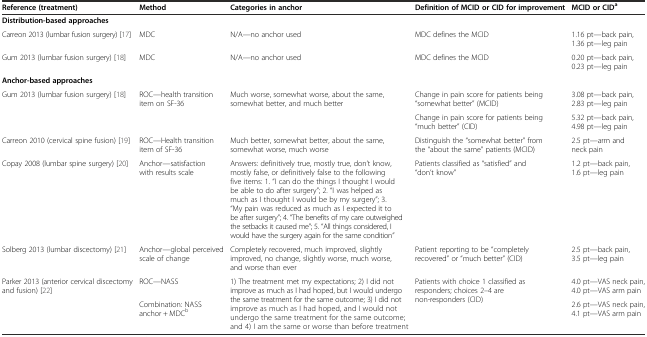
<table><thead><tr><td><b>Reference (treatment)</b></td><td><b>Method</b></td><td><b>Categories in anchor</b></td><td><b>Definition of MCID or CID for improvement</b></td><td><b>MCID or CID<sup>a</sup></b></td></tr></thead><tbody><tr><td colspan="5"><b>Distribution-based approaches</b></td></tr><tr><td>Carreon 2013 (lumbar fusion surgery) [17]</td><td>MDC</td><td>N/A—no anchor used</td><td>MDC defines the MCID</td><td>1.16 pt—back pain, 1.36 pt—leg pain</td></tr><tr><td>Gum 2013 (lumbar fusion surgery) [18]</td><td>MDC</td><td>N/A—no anchor used</td><td>MDC defines the MCID</td><td>0.20 pt—back pain, 0.23 pt—leg pain</td></tr><tr><td colspan="5"><b>Anchor-based approaches</b></td></tr><tr><td rowspan="2">Gum 2013 (lumbar fusion surgery) [18]</td><td rowspan="2">ROC—health transition item on SF-36</td><td rowspan="2">Much worse, somewhat worse, about the same, somewhat better, and much better</td><td>Change in pain score for patients being “somewhat better” (MCID)</td><td>3.08 pt—back pain, 2.83 pt—leg pain</td></tr><tr><td>Change in pain score for patients being “much better” (CID)</td><td>5.32 pt—back pain, 4.98 pt—leg pain</td></tr><tr><td>Carreon 2010 (cervical spine fusion) [19]</td><td>ROC—Health transition item of SF-36</td><td>Much better, somewhat better, about the same, somewhat worse, much worse</td><td>Distinguish the “somewhat better” from the “about the same” patients (MCID)</td><td>2.5 pt—arm and neck pain</td></tr><tr><td>Copay 2008 (lumbar spine surgery) [20]</td><td>Anchor—satisfaction with results scale</td><td>Answers: definitively true, mostly true, don’t know, mostly false, or definitively false to the following five items: 1. “I can do the things I thought I would be able to do after surgery”; 2. “I was helped as much as I thought I would be by my surgery”; 3. “My pain was reduced as much as I expected it to be after surgery”; 4. “The benefits of my care outweighed the setbacks it caused me”; 5. “All things considered, I would have the surgery again for the same condition”</td><td>Patients classified as “satisfied” and “don’t know”</td><td>1.2 pt—back pain, 1.6 pt—leg pain</td></tr><tr><td>Solberg 2013 (lumbar discectomy) [21]</td><td>Anchor—global perceived scale of change</td><td>Completely recovered, much improved, slightly improved, no change, slightly worse, much worse, and worse than ever</td><td>Patient reporting to be “completely recovered” or “much better” (CID)</td><td>2.5 pt—back pain, 3.5 pt—leg pain</td></tr><tr><td rowspan="2">Parker 2013 (anterior cervical discectomy and fusion) [22]</td><td>ROC—NASS</td><td rowspan="2">1) The treatment met my expectations; 2) I did not improve as much as I had hoped, but I would undergo the same treatment for the same outcome; 3) I did not improve as much as I had hoped, and I would not undergo the same treatment for the same outcome; and 4) I am the same or worse than before treatment</td><td rowspan="2">Patients with choice 1 classified as responders; choices 2–4 are non-responders (CID)</td><td>4.0 pt—VAS neck pain, 4.0 pt—VAS arm pain</td></tr><tr><td>Combination: NASS anchor + MDC<sup>b</sup></td><td>2.6 pt—VAS neck pain, 4.1 pt—VAS arm pain</td></tr></tbody></table>